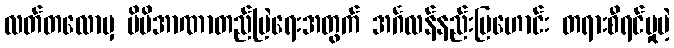
လတ်တလောမှ မိမိအာဏာတည်မြဲရေးအတွက် အင်္ဂလန်နည်းပြဟောင်း တရားစီရင်မှုမဲ့